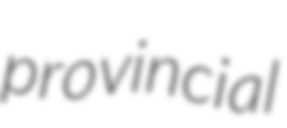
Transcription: provincial